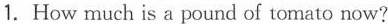
1.How much is a pound of tomato now?